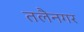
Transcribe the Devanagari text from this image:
तलैनगर